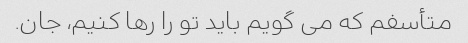
متأسفم که می گویم باید تو را رها کنیم، جان.